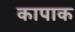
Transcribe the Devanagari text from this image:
कापाक